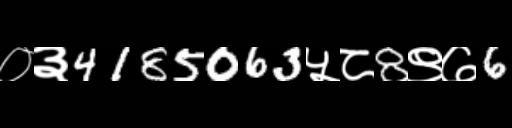
Text: ०३4185063५८8९७6